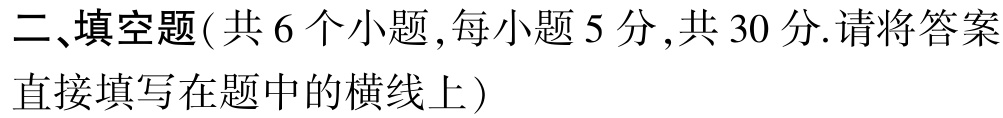
二、填空题(共 6 个小题,每小题 5 分,共 30 分.请将答案直接填写在题中的横线上)